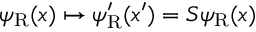
\psi _ { \mathrm { { R } } } ( x ) \mapsto \psi _ { \mathrm { { R } } } ^ { \prime } ( x ^ { \prime } ) = S \psi _ { \mathrm { { R } } } ( x )